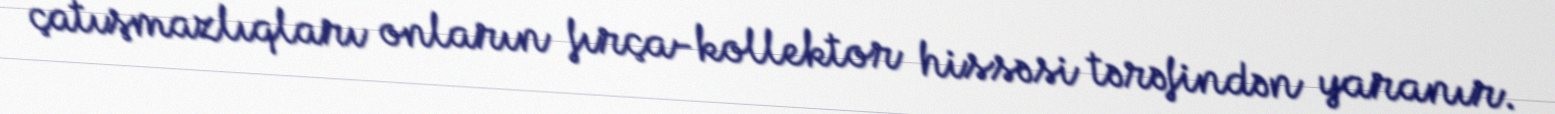
çatışmazlıqları onların fırça-kollektor hissəsi tərəfindən yaranır.